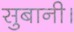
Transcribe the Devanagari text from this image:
सुबानी।